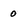
Character: 0